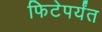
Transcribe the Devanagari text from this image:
फिटेपर्यंत